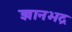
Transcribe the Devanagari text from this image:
ज्ञानभद्र